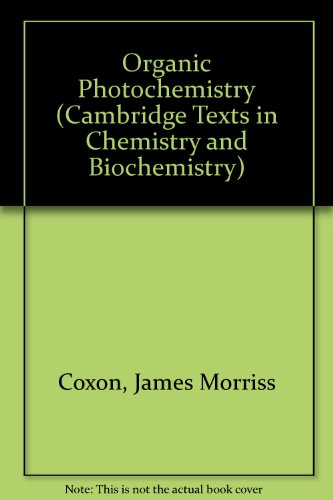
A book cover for Organic Photochemistry (Cambridge Texts in Chemistry and Biochemistry); James Morriss Coxon; Science & Math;